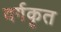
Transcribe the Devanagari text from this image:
वर्गकृत